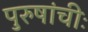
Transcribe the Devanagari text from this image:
पुरुषांचीः